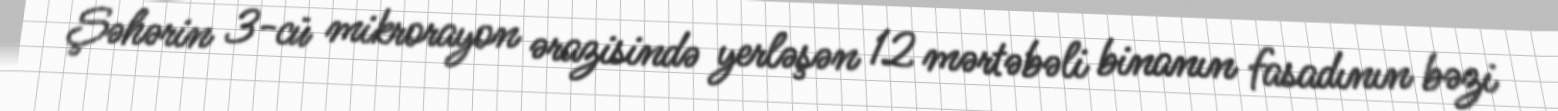
Şəhərin 3-cü mikrorayon ərazisində yerləşən 12 mərtəbəli binanın fasadının bəzi